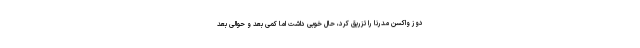
دوز واکسن مدرنا را تزریق کرد، حال خوبی داشت اما کمی بعد و حوالی بعد